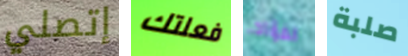
إتصلي فعلتك الفؤاد صلبة